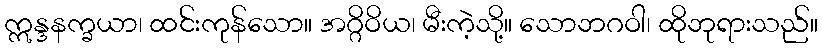
ဣန္ဒနက္ခယာ၊ ထင်းကုန်သော။ အဂ္ဂိဝိယ၊ မီးကဲ့သို့။ သောဘဂဝါ၊ ထိုဘုရားသည်။